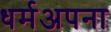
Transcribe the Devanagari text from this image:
धर्मअपना